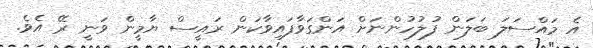
އެ މައްސަލަ ބަލަން ފުލުހުންނަށް އަންގަވާފައިވާކަން ރައީސް ޔާމީން ވަނީ ރޭ އެވެ.